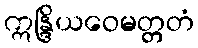
ဣန္ဒြိယဝေမတ္တတံ